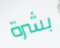
بشرة